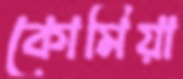
কোমিয়া